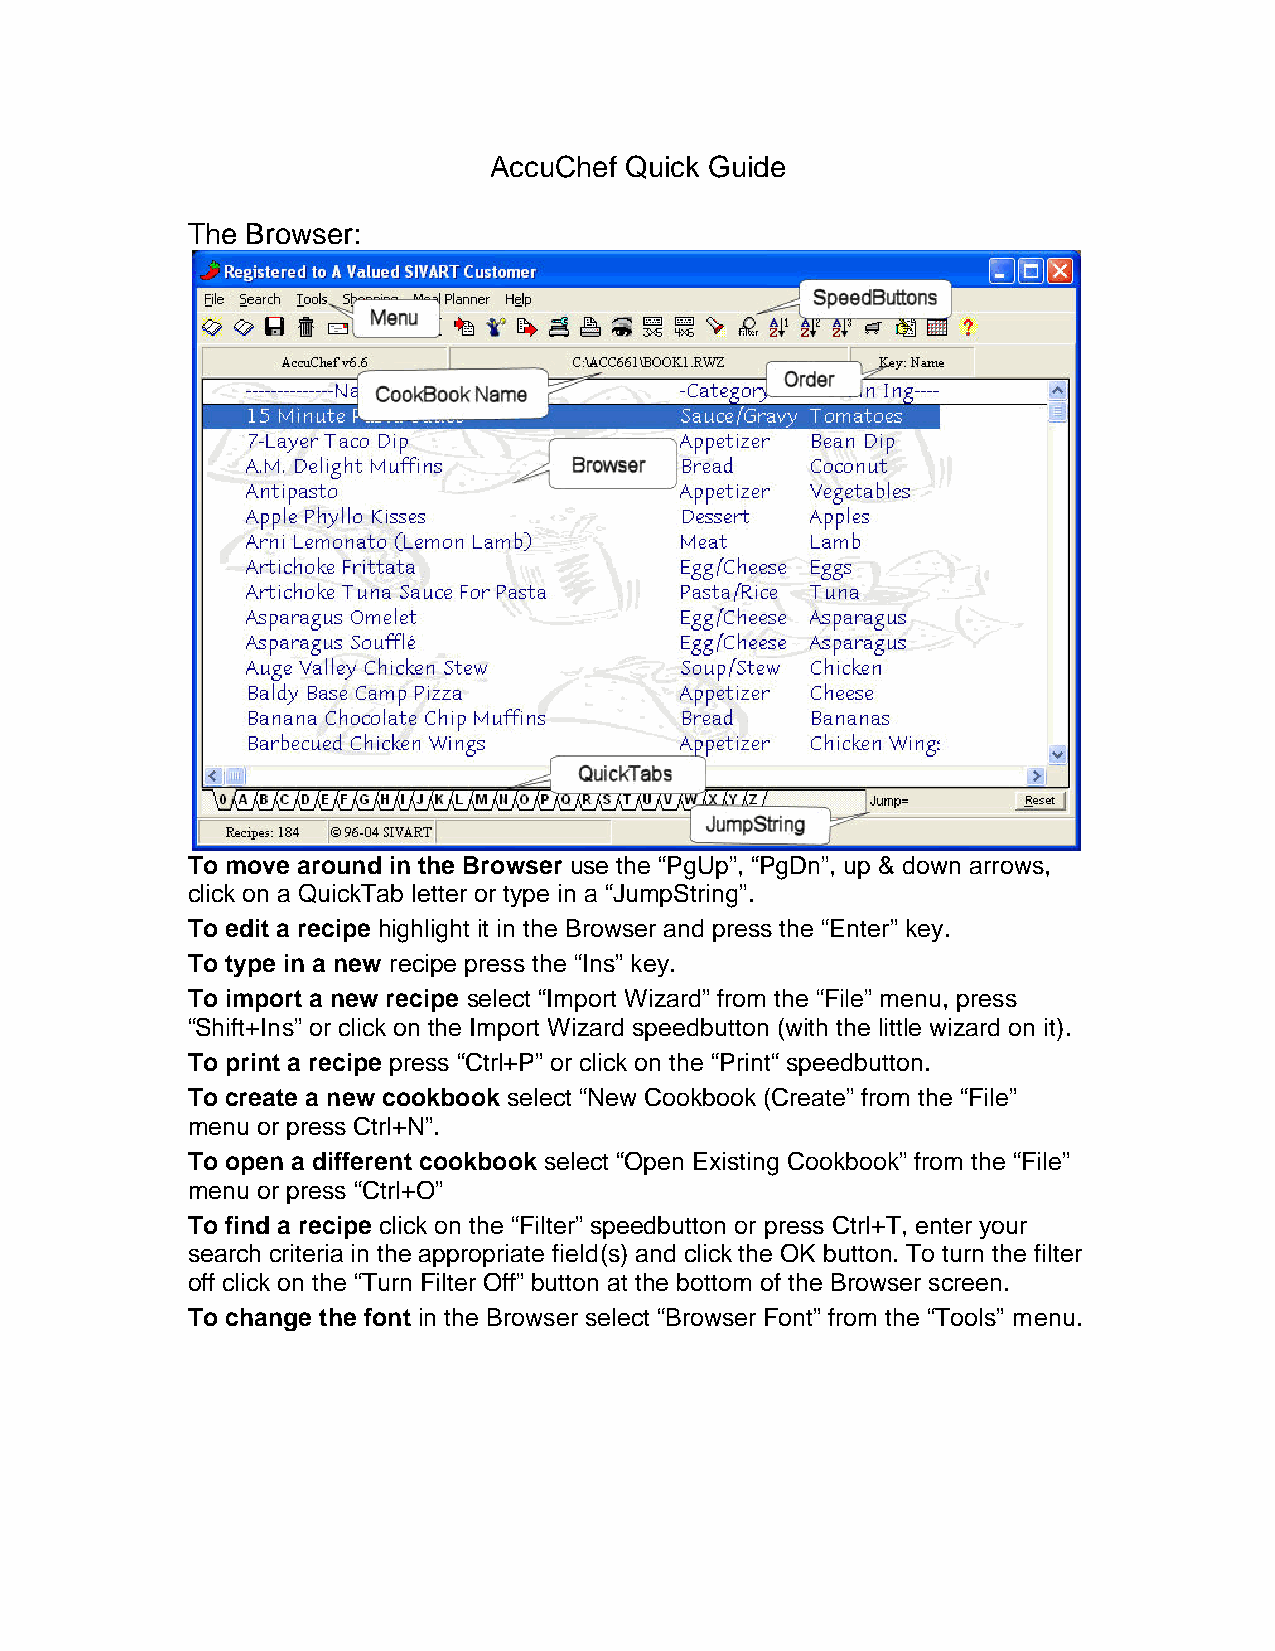
AccuChef Quick Guide
 The Browser:
 To move around in the Browser use the “PgUp”, “PgDn”, up & down arrows,
 click on a QuickTab letter or type in a “JumpString”.
 To edit a recipe highlight it in the Browser and press the “Enter” key.
 To type in a new recipe press the “Ins” key.
 To import a new recipe select “Import Wizard” from the “File” menu, press
 “Shift+Ins” or click on the Import Wizard speedbutton (with the little wizard on it).
 To print a recipe press “Ctrl+P” or click on the “Print“ speedbutton.
 To create a new cookbook select “New Cookbook (Create” from the “File”
 menu or press Ctrl+N”.
 To open a different cookbook select “Open Existing Cookbook” from the “File”
 menu or press “Ctrl+O”
 To find a recipe click on the “Filter” speedbutton or press Ctrl+T, enter your
 search criteria in the appropriate field(s) and click the OK button. To turn the filter
 off click on the “Turn Filter Off” button at the bottom of the Browser screen.
 To change the font in the Browser select “Browser Font” from the “Tools” menu.